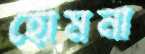
হোমনা